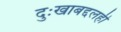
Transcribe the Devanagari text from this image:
दुःखाबद्दलही